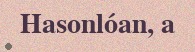
Hasonlóan, a